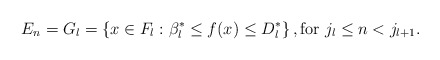
\begin{align*}E_{n}=G_{l}=\left\{ x\in F_{l}:\beta _{l}^{*}\leq f(x)\leq D_{l}^{*}\right\},\mbox{for }j_{l}\leq n<j_{l+1}. \end{align*}